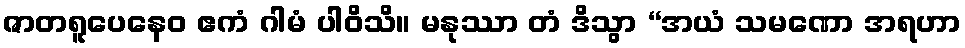
ဇာတရူပေနေဝ ဧကံ ဂါမံ ပါဝိသိ။ မနုဿာ တံ ဒိသွာ “အယံ သမဏော အရဟာ